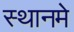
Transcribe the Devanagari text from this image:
स्थानमे